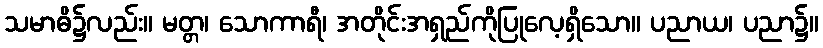
သမာဓိ၌လည်း။ မတ္တ၊ သောကာရီ၊ အတိုင်းအရှည်ကိုပြုလေ့ရှိသော။ ပညာယ၊ ပညာ၌။